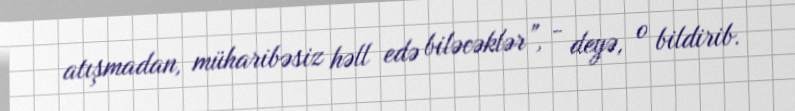
atışmadan, müharibəsiz həll edə biləcəklər”, - deyə, o bildirib.